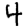
Digit: 4